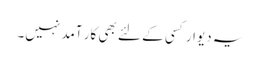
یہ دیوار کسی کے لئے بھی کار آمد نہیں۔